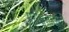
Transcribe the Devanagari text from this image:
परीक्षेसाठीची